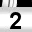
Digit: 2